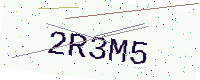
Text: 2R3M5